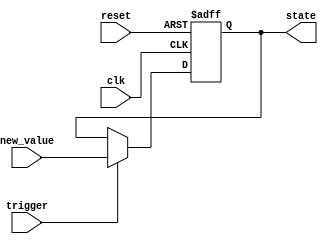
module hold_condition (
    input wire clk,           // Clock signal
    input wire reset,         // Reset signal
    input wire trigger,       // Trigger condition to release hold
    input wire [7:0] new_value, // New value to update the state variable
    output reg [7:0] state    // State variable output
);

    // Initial state
    initial begin
        state = 8'b0; // Initialize state to 0
    end

    // Always block sensitive to clock and reset
    always @(posedge clk or posedge reset) begin
        if (reset) begin
            // Reset condition: set state to initial value
            state <= 8'b0;
        end else if (trigger) begin
            // Update state if trigger condition is satisfied
            state <= new_value;
        end
        // If trigger is not satisfied, retain current state
    end

endmodule